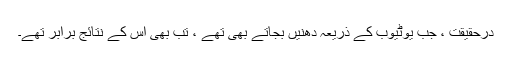
درحقیقت ، جب یوٹیوب کے ذریعہ دھنیں بجاتے بھی تھے ، تب بھی اس کے نتائج برابر تھے۔